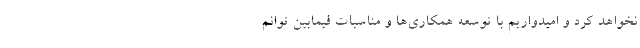
نخواهد کرد و امیدواریم با توسعه همکاری‌ها و مناسبات فیمابین توانم